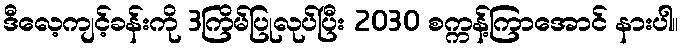
ဒီလေ့ကျင့်ခန်းကို 3ကြိမ်ပြုလုပ်ပြီး 2030 စက္ကန့်ကြာအောင် နားပါ။